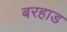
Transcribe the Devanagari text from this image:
बरहाड